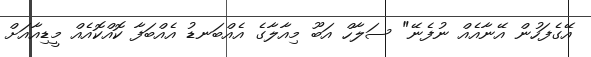
އޭގެފަހުން އޭނާއެއް ނުފެނޭ" ސަލާހް އަބޫ މިއާލާގެ އެއްބަނޑު އެއްބަފާ ކޮއްކޮއެއް މީޑިއާއަށް